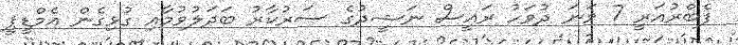
ފެބްރުއަރީ 7 ވަނަ ދުވަހު ރައީސް ނަޝީދުގެ ސަރުކާރު ބަދަލުވުމާއި ގުޅިގެން އެމްޑީޕީ